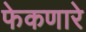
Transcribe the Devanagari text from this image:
फेकणारे